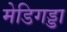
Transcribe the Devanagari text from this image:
मेडिगड्डा